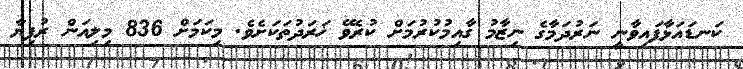
ކަނޑައަޅާފައިވާނީ ނަރުދަމާގެ ނިޒާމު ގާއިމުކުރުމަށް ކުރެވޭ ޚަރަދުތަކަށެވެ. މިކަމަށް 836 މިލިއަން ރުފިޔާ